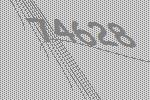
74628